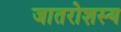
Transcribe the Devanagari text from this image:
जातरोशस्य